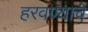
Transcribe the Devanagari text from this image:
हरवण्याचे